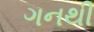
ગનથી